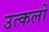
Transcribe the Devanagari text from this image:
उत्कलों